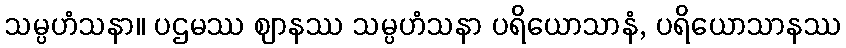
သမ္ပဟံသနာ။ ပဌမဿ ဈာနဿ သမ္ပဟံသနာ ပရိယောသာနံ, ပရိယောသာနဿ